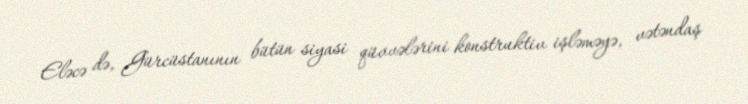
Eləcə də, Gürcüstanının bütün siyasi qüvvələrini konstruktiv işləməyə, vətəndaş